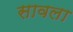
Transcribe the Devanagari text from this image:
सावला